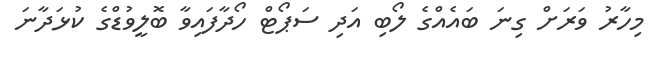
މިހާރު ވަރަށް ގިނަ ބައެއްގެ ލޯބި އަދި ސަޕޯޓް ހޯދާފައިވާ ބޮލީވުޑްގެ ކުޅަދާނަ